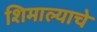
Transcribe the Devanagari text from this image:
शिमाल्याचे